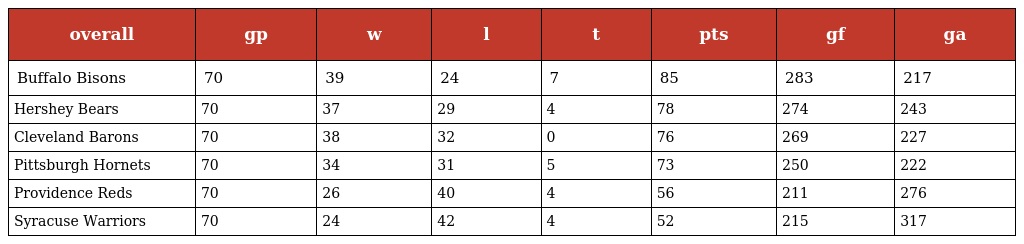
| overall | gp | w | l | t | pts | gf | ga |
 | --- | --- | --- | --- | --- | --- | --- | --- |
 | Buffalo Bisons | 70 | 39 | 24 | 7 | 85 | 283 | 217 |
 | Hershey Bears | 70 | 37 | 29 | 4 | 78 | 274 | 243 |
 | Cleveland Barons | 70 | 38 | 32 | 0 | 76 | 269 | 227 |
 | Pittsburgh Hornets | 70 | 34 | 31 | 5 | 73 | 250 | 222 |
 | Providence Reds | 70 | 26 | 40 | 4 | 56 | 211 | 276 |
 | Syracuse Warriors | 70 | 24 | 42 | 4 | 52 | 215 | 317 |